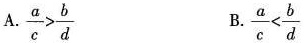
A . $$\frac { a } { c } > \frac { b } { d }$$